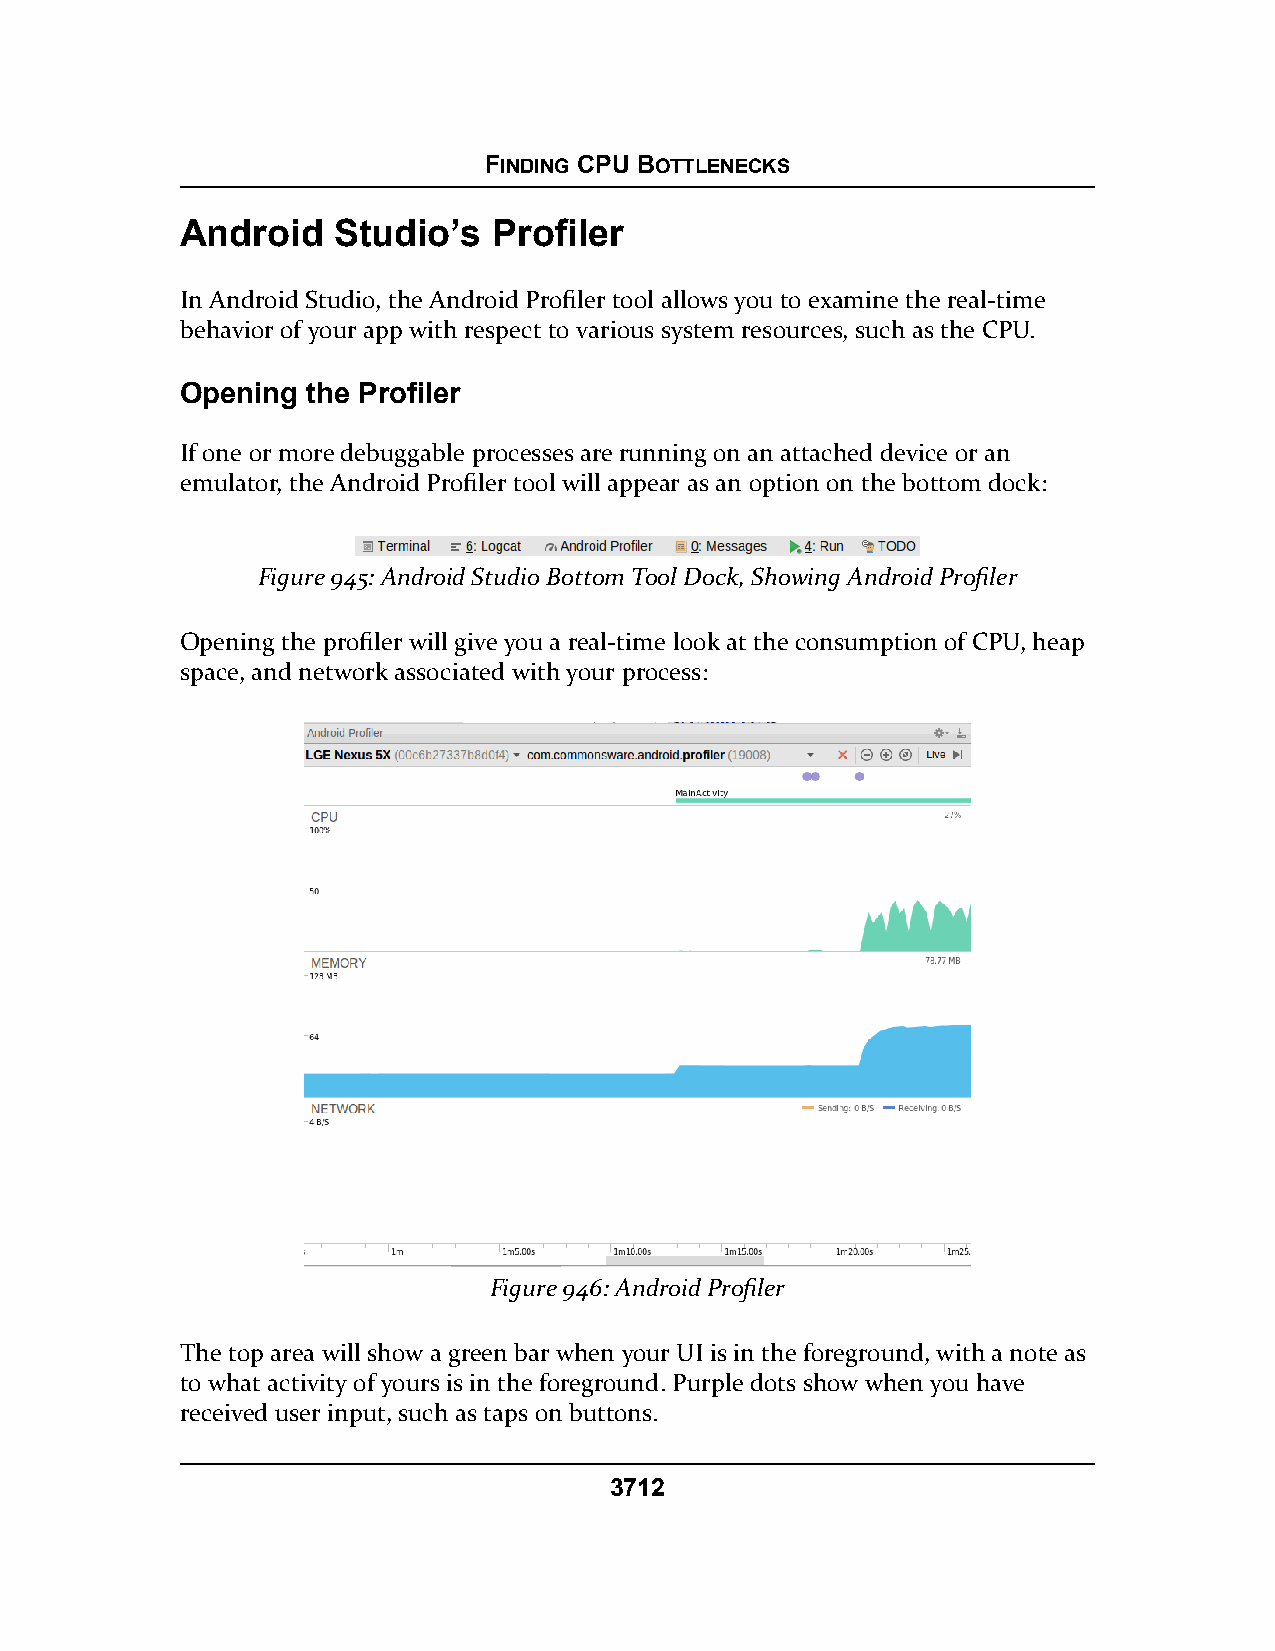
FINDING CPU BOTTLENECKS
 Android   Studio’s   Profiler
 In Android Studio, the Android Profiler tool allows you to examine the real-time
 behavior of your app with respect to various system resources, such as the CPU.
 Opening the Profiler
 If one or more debuggable processes are running on an attached device or an
 emulator, the Android Profiler tool will appear as an option on the bottom dock:
 Figure 945: Android Studio Bottom Tool Dock, Showing Android Profiler
 Opening the profiler will give you a real-time look at the consumption of CPU, heap
 space, and network associated with your process:
 Figure 946: Android Profiler
 The top area will show a green bar when your UI is in the foreground, with a note as
 to what activity of yours is in the foreground. Purple dots show when you have
 received user input, such as taps on buttons.
 3712